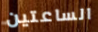
الساعتين